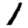
Digit: 1